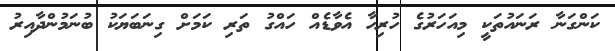
ކަންގަނާ ރަނައުތަކީ މިއަހަރުގެ ހުރިހާ އެވާޑެއް ހައްގު ތަރި ކަމަށް ގިނަބަޔަކު ބުނަމުންދާއިރު